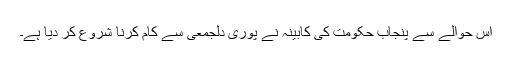
اس حوالے سے پنجاب حکومت کی کابینہ نے پوری دلجمعی سے کام کرنا شروع کر دیا ہے۔